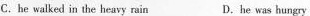
C.he walked in the heavy rain D.he was hungry